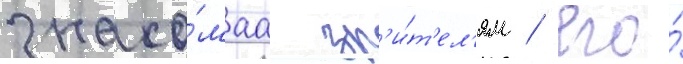
знако́маа зр'и́т'ел'ям / его́